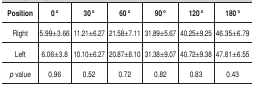
| Position | 0o | 30o | 60o | 90o | 120o | 180o |
 | --- | --- | --- | --- | --- | --- | --- |
 | Right | 5.99±3.66 | 11.21±6.27 | 21.58±7.11 | 31.89±5.67 | 40.25±9.25 | 46.35±6.79 |
 | Left | 6.06±3.8 | 10.10±6.27 | 20.87±8.10 | 31.38±9.07 | 40.72±9.38 | 47.81±6.55 |
 | p value | 0.96 | 0.52 | 0.72 | 0.82 | 0.83 | 0.43 |